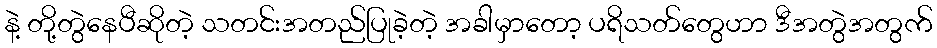
နဲ့ တို့တွဲနေပီဆိုတဲ့ သတင်းအတည်ပြုခဲ့တဲ့ အခါမှာတော့ ပရိသတ်တွေဟာ ဒီအတွဲအတွက်